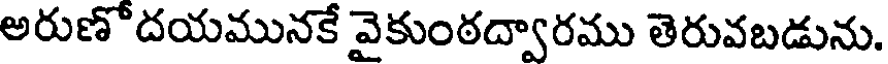
అరుణో దయమునకే వైకుంఠద్వారము తెరువబడును.